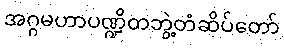
အဂ္ဂမဟာပဏ္ဍိတဘွဲ့တံဆိပ်တော်